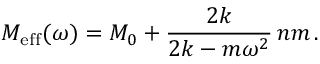
M _ { \mathrm { e f f } } ( \omega ) = M _ { 0 } + \frac { 2 k } { 2 k - m \omega ^ { 2 } } \, n m \, .